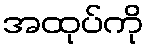
အထုပ်ကို